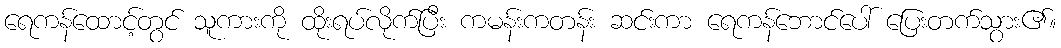
ရေကန်ထောင့်တွင် သူကားကို ထိုးရပ်လိုက်ပြီး ကမန်းကတန်း ဆင်းကာ ရေကန်ဘောင်ပေါ် ပြေးတက်သွား၏။